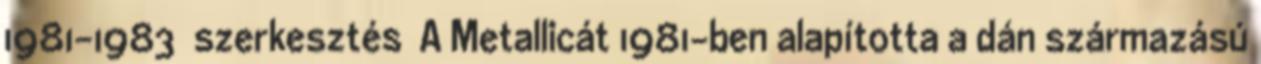
1981–1983 szerkesztés A Metallicát 1981-ben alapította a dán származású